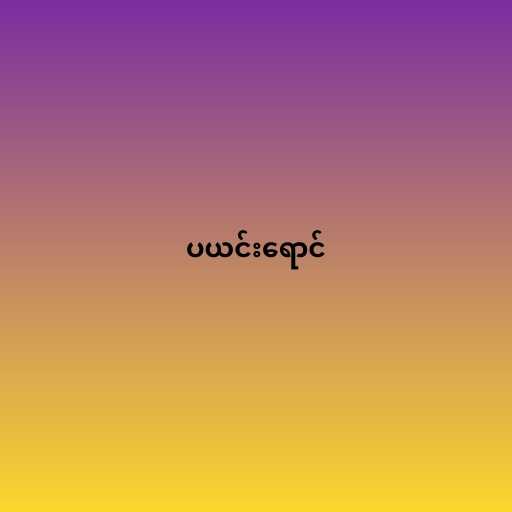
ပယင်းရောင်